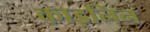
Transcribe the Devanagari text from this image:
काइनिन